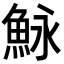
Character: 𩶙